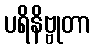
ပရိနိဗ္ဗုတာ